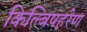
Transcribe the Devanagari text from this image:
किल्बिषहरेण